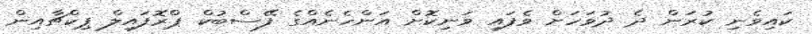
ކައިވެނި ކުރަން ދެ ދުވަހަށް ވެފައި ވަނިކޮށް އަންހެނެއްގެ ފޭސްބުކް ޕްރޮފައިލް ޕިކްޗާއިން